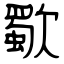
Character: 歜